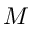
M